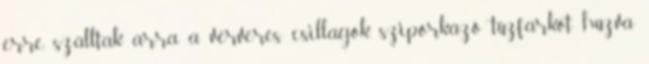
erre, szálltak arra a vérveres csillagok, sziporkázó tűzfarkot húzva